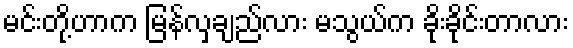
မင်းတို့ဟာက မြန်လှချည်လား မသွယ်က ခိုးခိုင်းတာလား